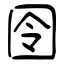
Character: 囹